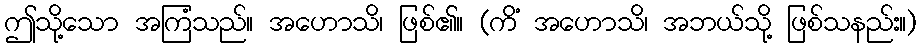
ဤသို့သော အကြံသည်။ အဟောသိ၊ ဖြစ်၏။ (ကိံ အဟောသိ၊ အဘယ်သို့ ဖြစ်သနည်း။)